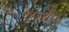
જરૂરીત